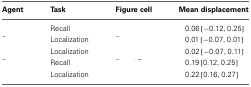
<table><thead><tr><td><b>Agent</b></td><td><b>Task</b></td><td><b>Figure cell</b></td><td><b>Mean displacement</b></td></tr></thead><tbody><tr><td>[EMPTY_CELL]</td><td>Recall</td><td>[EMPTY_CELL]</td><td>0.06 [−0.12, 0.25]</td></tr><tr><td>[EMPTY_CELL]</td><td>Localization</td><td>[EMPTY_CELL]</td><td>0.01 [−0.07, 0.01]</td></tr><tr><td>[EMPTY_CELL]</td><td>Localization</td><td>[EMPTY_CELL]</td><td>0.02 [−0.07, 0.11]</td></tr><tr><td>[EMPTY_CELL]</td><td>Recall</td><td>[EMPTY_CELL]</td><td>0.19 [0.12, 0.25]</td></tr><tr><td>[EMPTY_CELL]</td><td>Localization</td><td>[EMPTY_CELL]</td><td>0.22 [0.16, 0.27]</td></tr></tbody></table>